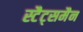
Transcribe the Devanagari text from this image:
स्टैट्समैन